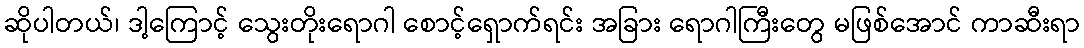
ဆိုပါတယ်၊ ဒါ့ကြောင့် သွေးတိုးရောဂါ စောင့်ရှောက်ရင်း အခြား ရောဂါကြီးတွေ မဖြစ်အောင် ကာဆီးရာ